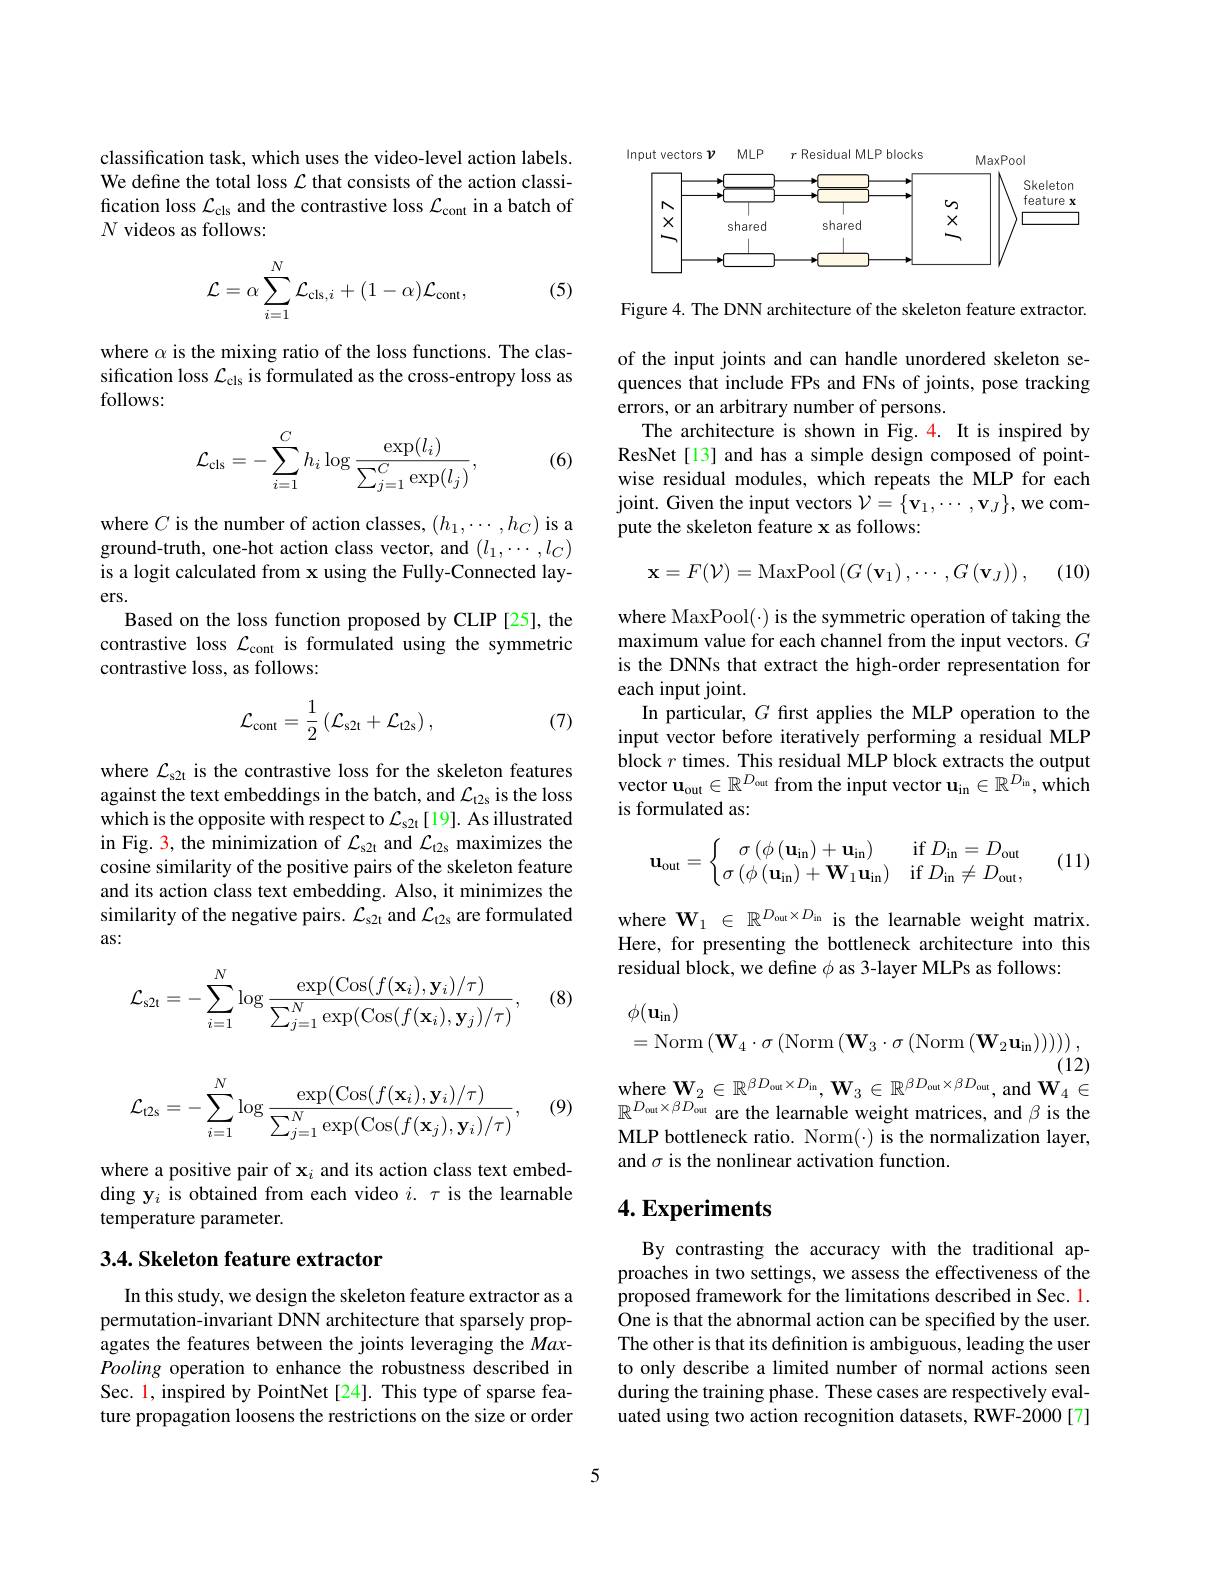
classification task, which uses the video-level action labels. We define the total loss $\mathcal{L}$ that consists of the action classification loss $\mathcal{L}_\mathrm{cls}$ and the contrastive loss $\mathcal{L}_\mathrm{cont}$ in a batch of $N$ videos as follows:
$$\mathcal{L}=\alpha\sum_{i=1}^N\mathcal{L}_{\mathrm{cls},i}+(1-\alpha)\mathcal{L}_{\mathrm{cont}},$$
(5)

where $\alpha$ is the mixing ratio of the loss functions. The classification loss $\mathcal{L}_\mathrm{cls}$ is formulated as the cross-entropy loss as follows:

(6)
$$\mathcal{L}_{\mathrm{cls}}=-\sum_{i=1}^{C}h_{i}\log\frac{\exp(l_{i})}{\sum_{j=1}^{C}\exp(l_{j})},$$
where $C$ is the number of action classes, $(h_1,\cdots,h_C)$ is a ground-truth, one-hot action class vector, and $(l_1,\cdots,l_C)$ is a logit calculated from x using the Fully-Connected layers.
Based on the loss function proposed by CLIP [25], the contrastive loss $\mathcal{L}_\mathrm{cont}$ is formulated using the symmetric contrastive loss, as follows:
$$\mathcal{L}_{\mathrm{cont}}=\frac{1}{2}\left(\mathcal{L}_{\mathrm{s2t}}+\mathcal{L}_{\mathrm{t2s}}\right),$$
(7)

where $\mathcal{L}_\mathrm{s2t}$ is the contrastive loss for the skeleton features against the text embeddings in the batch, and $\mathcal{L}_\mathrm{t2s}$ is the loss which is the opposite with respect to $\mathcal{L}_\mathrm{s2t}\left[19\right].$ As illustrated in Fig. 3, the minimization of $\mathcal{L}_\mathrm{s2t}$ and $\mathcal{L}_\mathrm{t2s}$ maximizes the cosine similarity of the positive pairs of the skeleton feature and its action class text embedding. Also, it minimizes the similarity of the negative pairs. $\mathcal{L}_\mathrm{s2t}$ and $\mathcal{L}_\mathrm{t2s}$ are formulated as:

(8)
$$\mathcal{L}_{\mathrm{s2t}}=-\sum_{i=1}^N\log\frac{\exp(\mathrm{Cos}(f(\mathbf{x}_i),\mathbf{y}_i)/\tau)}{\sum_{j=1}^N\exp(\mathrm{Cos}(f(\mathbf{x}_i),\mathbf{y}_j)/\tau)},$$
(9)
$$\mathcal{L}_{\mathrm{t2s}}=-\sum_{i=1}^N\log\frac{\exp(\mathrm{Cos}(f(\mathbf{x}_i),\mathbf{y}_i)/\tau)}{\sum_{j=1}^N\exp(\mathrm{Cos}(f(\mathbf{x}_j),\mathbf{y}_i)/\tau)},$$
where a positive pair of x$_i$ and its action class text embedding y$_i$ is obtained from each video $i.\tau$ is the learnable temperature parameter.

### 3.4. Skeleton feature extractor

In this study, we design the skeleton feature extractor as a permutation-invariant DNN architecture that sparsely propagates the features between the joints leveraging the MaxPooling operation to enhance the robustness described in Sec. 1, inspired by PointNet[24]. This type of sparse feature propagation loosens the restrictions on the size or order

<FigureHere>

Figure 4. The DNN architecture of the skeleton feature extractor. of the input joints and can handle unordered skeleton sequences that include FPs and FNs of joints, pose tracking errors, or an arbitrary number of persons.
The architecture is shown in Fig.4. It is inspired by ResNet[13] and has a simple design composed of pointwise residual modules, which repeats the MLP for each ${\mathrm{joint.~Given~the~input~vectors~}}{\mathcal{V}}=\{\mathbf{v}_{1},\cdots,\mathbf{v}_{J}\}$,we compute the skeleton feature x as follows:
$$\mathbf{x}=F(\mathcal{V})=\mathrm{MaxPool}\left(G\left(\mathbf{v}_{1}\right),\cdots,G\left(\mathbf{v}_{J}\right)\right),$$
(10)

where MaxPool(·) is the symmetric operation of taking the maximum value for each channel from the input vectors. $G$ is the DNNs that extract the high-order representation for each input joint.
In particular, $G$ first applies the MLP operation to the input vector before iteratively performing a residual MLP $\hat{\text{block }r}$ times. This residual MLP block extracts the output vector $\mathbf{u}_\mathrm{out}\in\mathbb{R}^{D_\mathrm{out}}$ from the input vector $\mathbf{u}_\mathrm{in}\in\mathbb{R}^{D_\mathrm{in}},\hat{\mathbf{which}}$ is formulated as:

(11)
$$\mathbf{u}_{\mathrm{out}}=\left\{\begin{matrix}\sigma\left(\phi\left(\mathbf{u}_{\mathrm{in}}\right)+\mathbf{u}_{\mathrm{in}}\right)&\mathrm{if}D_{\mathrm{in}}=D_{\mathrm{out}}\\\sigma\left(\phi\left(\mathbf{u}_{\mathrm{in}}\right)+\mathbf{W}_{1}\mathbf{u}_{\mathrm{in}}\right)&\mathrm{if}D_{\mathrm{in}}\neq D_{\mathrm{out}},\end{matrix}\right.$$
where $\mathbf{W}_1\in\mathbb{R}^{D_{\mathrm{out}}\times D_{\mathrm{in}}}$ is the learnable weight matrix. Here, for presenting the bottleneck architecture into this residual block, we define $\phi$ as 3-layer MLPs as follows:
$$\begin{aligned}&\phi(\mathbf{u}_{\mathrm{in}})\\&=\mathrm{Norm}\left(\mathbf{W}_{4}\cdot\sigma\left(\mathrm{Norm}\left(\mathbf{W}_{3}\cdot\sigma\left(\mathrm{Norm}\left(\mathbf{W}_{2}\mathbf{u}_{\mathrm{in}}\right)\right)\right)\right)\right),\end{aligned}$$
(12)

$\begin{array}{c}\mathrm{where~}\mathbf{W}_{2}\in\mathbb{R}^{\beta D_{\mathrm{out}}\times D_{\mathrm{in}}},\mathbf{W}_{3}\in\mathbb{R}^{\beta D_{\mathrm{out}}\times\beta D_{\mathrm{out}}},\mathrm{~and~}\mathbf{W}_{4}\in\end{array}$

$\mathbb{R}^{D_{\mathrm{out}}\times\beta D_{\mathrm{out}}}$ are the learnable weight matrices, and $\beta$ is the MLP bottleneck ratio. Norm(-) is the normalization layer, and $\sigma$ is the nonlinear activation function.

## $4. \textbf{Experiments}$

By contrasting the accuracy with the traditional approaches in two settings, we assess the effectiveness of the proposed framework for the limitations described in Sec. 1. One is that the abnormal action can be specified by the user. The other is that its definition is ambiguous, leading the user to only describe a limited number of normal actions seen during the training phase. These cases are respectively evaluated using two action recognition datasets, RWF-2000[7]

5